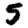
Digit: 5